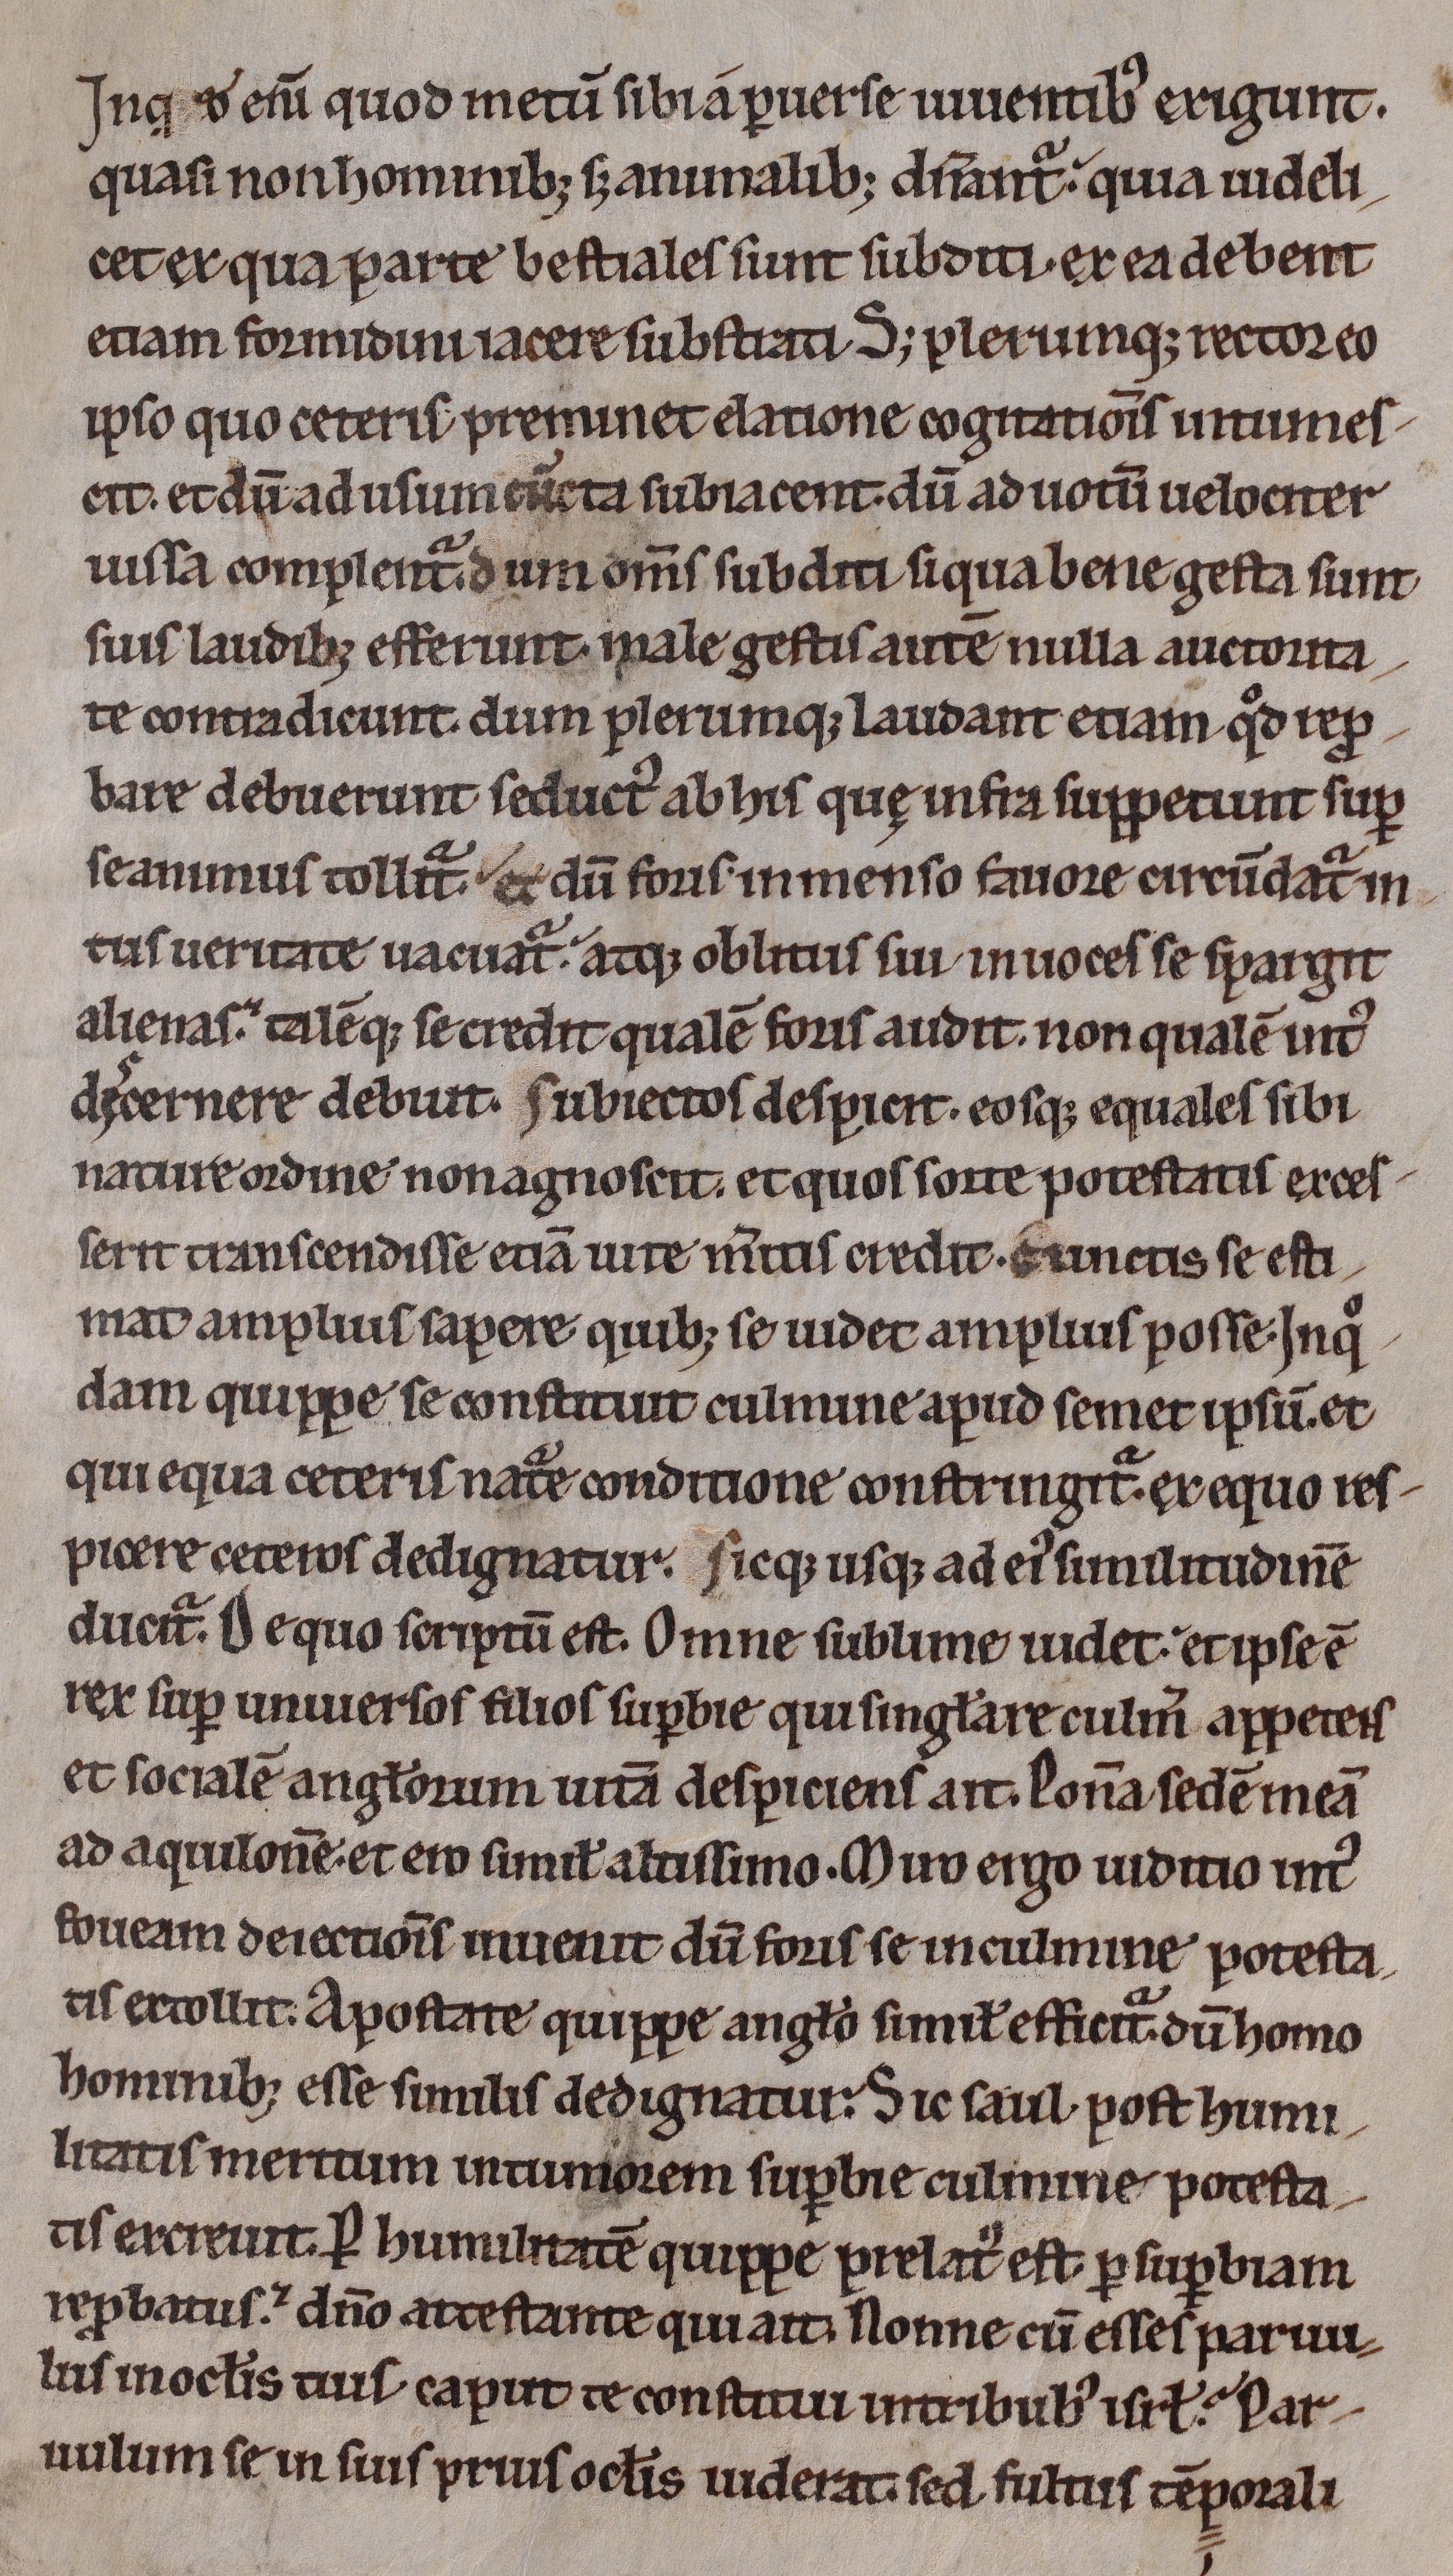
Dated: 1200–1230